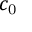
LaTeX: c _ { \mathrm { 0 } }